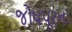
જોધપૂરના